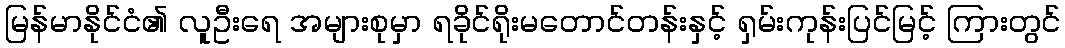
မြန်မာနိုင်ငံ၏ လူဦးရေ အများစုမှာ ရခိုင်ရိုးမတောင်တန်းနှင့် ရှမ်းကုန်းပြင်မြင့် ကြားတွင်